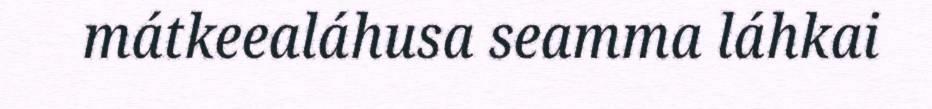
mátkeealáhusa seamma láhkai